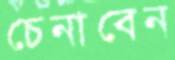
চেনাবেন